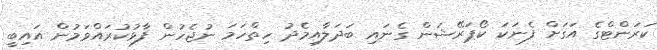
ކަރަންޓްގެ އަގަށް ފެނަކަ ކޯޕަރޭޝަން ގެނައި ބަދަލާއިމެދު ހިތްހަމަ ނުޖެހުން ފާޅުކުރައްވަމުން އައިބީ